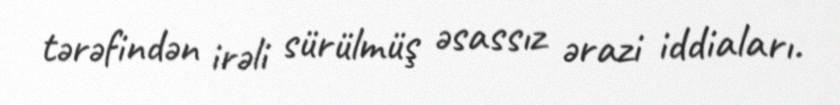
tərəfindən irəli sürülmüş əsassız ərazi iddiaları.